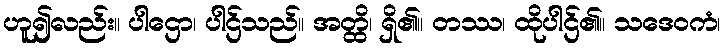
ဟူ၍လည်း။ ပါဌော၊ ပါဌ်သည်။ အတ္ထိ၊ ရှိ၏။ တဿ၊ ထိုပါဌ်၏။ သဒေဝကံ၊